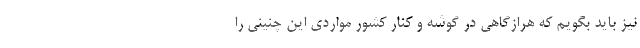
نیز باید بگویم که هرازگاهی در گوشه و کنار کشور مواردی این چنینی را